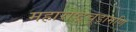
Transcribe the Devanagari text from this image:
महाराष्ट्रचूड़ामणि